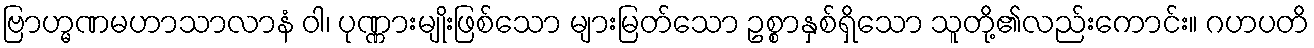
ဗြာဟ္မဏမဟာသာလာနံ ဝါ၊ ပုဏ္ဏားမျိုးဖြစ်သော များမြတ်သော ဥစ္စာနှစ်ရှိသော သူတို့၏လည်းကောင်း။ ဂဟပတိ